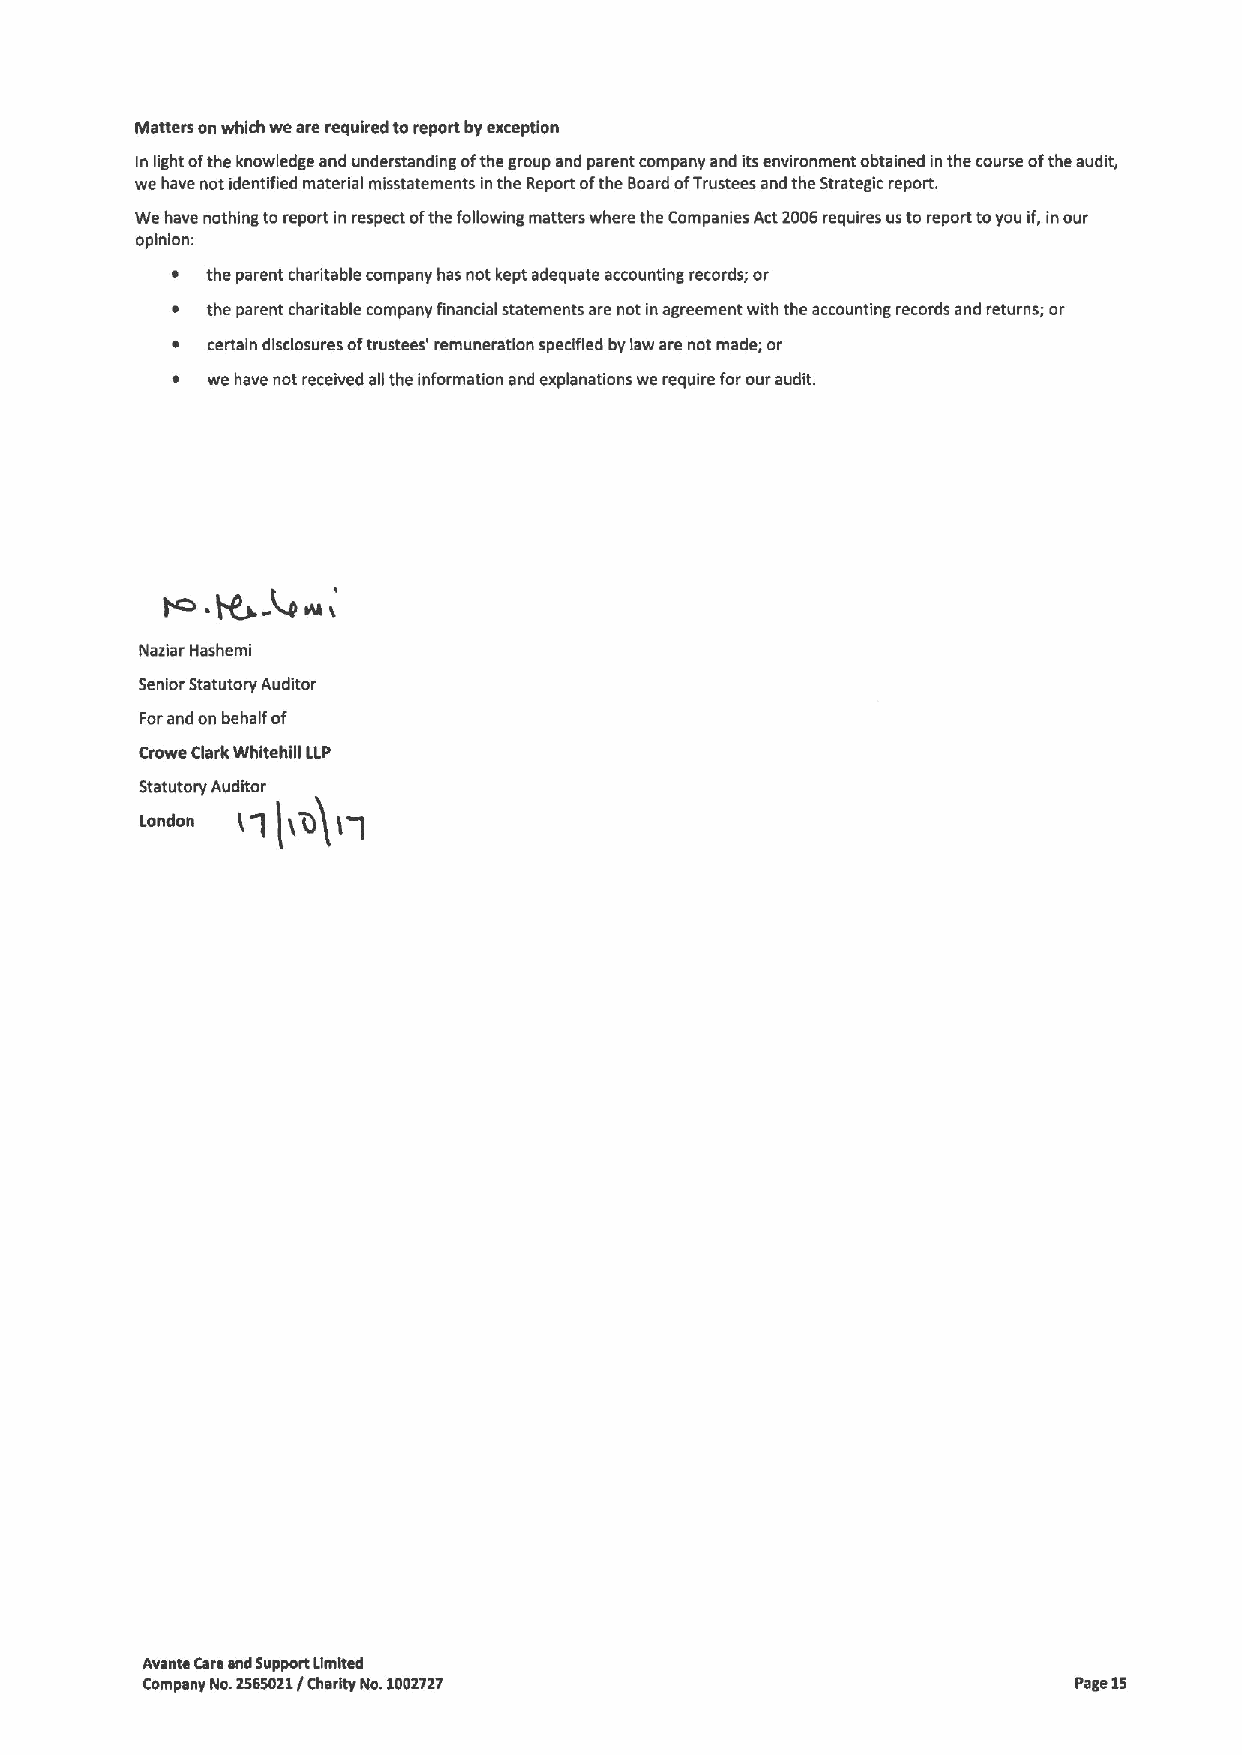
Matters on which we are required toreport by exception
 In light ofthe knowledge and understanding ofthe group and parent company and itsenvironment obtained in the course ofthe audit,
 we have not identified material misstatements in the Report ofthe Board ofTrustees and the Strategic report.
 We have nothing to report in respect ofthe following matters where the Companies Act2096requires us to report toyou if,inour
 opinion:
 ~  the parent charitable company has not kept adequate accounting records; or
 ~  the parent charitable company financial statements are not inagreement with the accounting records and returns; or
 ~  certain disclosures oftrustees' remuneration specified by law are not made; or
 ~  we have not received all the information and explanations we require forour audit.
 ~
 m.     4~;
 Naziar Hashemi
 Senior Statutory Auditor
 Forand on behalf of
 Crowe Clark Whltehill LLP
 Statutory Auditor
 rq ln)r-I
 Avante Care and Support Limited
 Company No.2565021/ Charity No.1002727                        Page 15